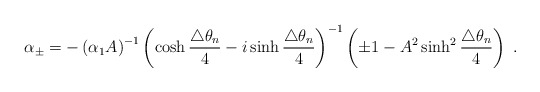
\begin{align*}\alpha_{\pm}=-\left(\alpha_1A\right)^{-1}\left(\cosh\frac{\triangle\theta_n}{4}-i\sinh\frac{\triangle\theta_n}{4}\right)^{-1}\left(\pm 1-A^2\sinh^2\frac{\triangle\theta_n}{4}\right)\;.\end{align*}